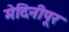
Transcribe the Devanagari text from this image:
मेदिनीपूर